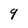
Character: 9